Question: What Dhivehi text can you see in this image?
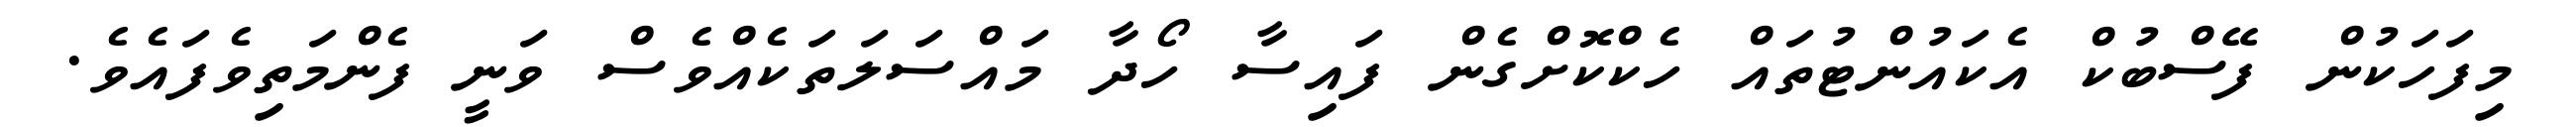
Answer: މިފަހަކުން ފޭސްބުކް އެކައުންޓުތައް ހެކްކޮށްގެން ފައިސާ ހޯދާ މައްސަލަތަކެއްވެސް ވަނީ ފެންމަތިވެފައެވެ.